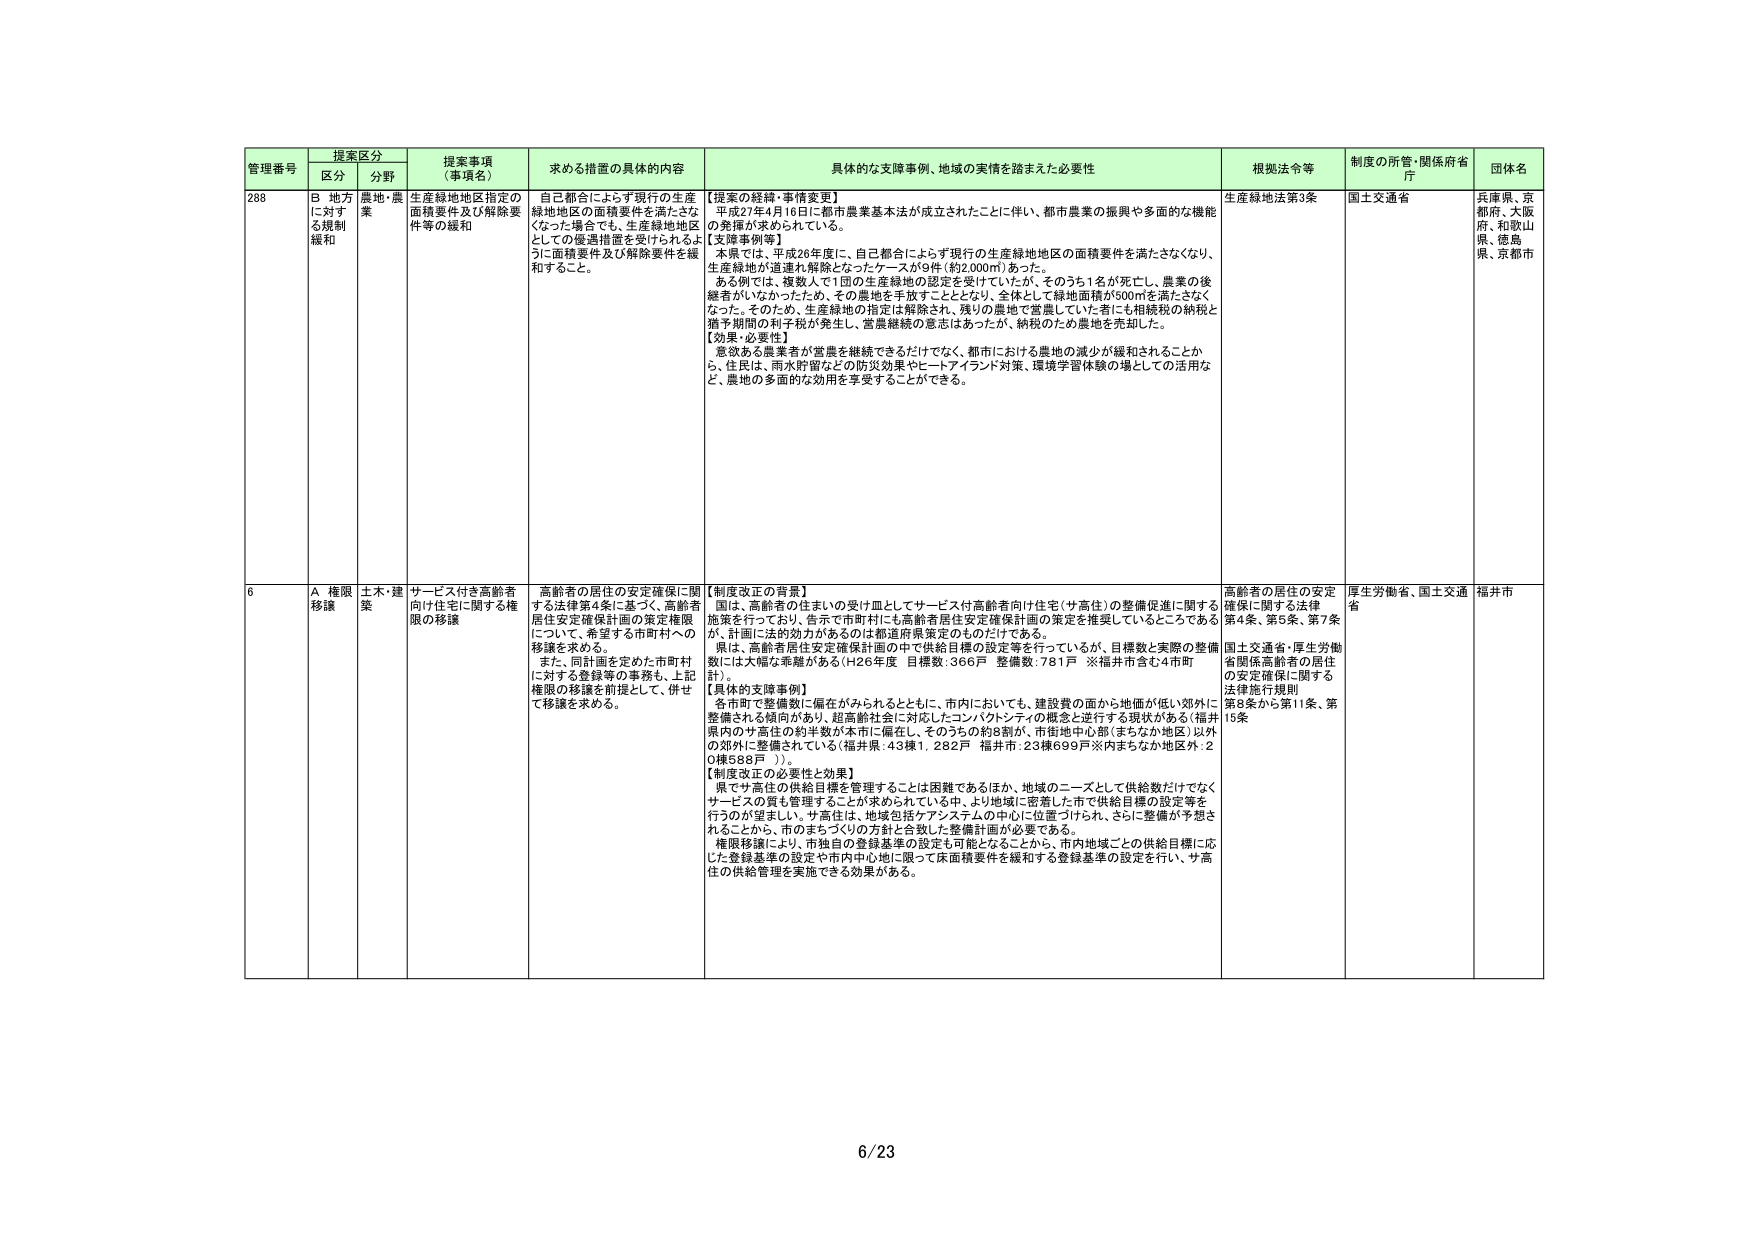
管理番号 提案区分 提案事項（事項名） 求める措置の具体的内容 具体的な支援事例、地域の実情を踏まえた必要性 根拠法令等 制度の所管・関係府省庁 団体名
区分 分野
288 B 地方に対する規制緩和 農地・農業 生産緑地地区指定の面積要件及び解除要件等の緩和 自己都合によらず現行の生産緑地地区の面積要件を満たさなくなった場合でも、生産緑地地区としての優遇措置を受けられるように面積要件及び解除要件を緩和すること。 【提案の経緯・事情変更】 平成27年4月16日に都市農業基本法が成立されたことに伴い、都市農業の振興や多面的な機能の発揮が求められている。 【支援事例等】 本県では、平成28年度に、自己都合によらず現行の生産緑地地区の面積要件を満たさなくなり、生産緑地が逓減し解除となったケースが9件（約2,000㎡）あった。 ある例では、複数人で1団の生産緑地の認定を受けていたが、そのうち1名が死亡し、農業の後継者がいないため、その農地を手放すこととなり、全体として緑地面積が500㎡を満たさなくなった。そのため、生産緑地の指定は解除され、残りの農地で営農していた者にも相続税の納税と猶予期間の利子税が発生し、営農継続の意志はあったが、納税のため農地を売却した。 【効果・必要性】 意欲ある農業者が営農を継続できるだけでなく、都市における農地の減少が緩和されることから、住民は、雨水貯留などの防災効果やヒートアイランド対策、環境学習体験の場としての活用など、農地の多面的な効用を享受することができる。 生産緑地法第3条 国土交通省 兵庫県、京都府、大阪府、和歌山県、徳島県、京都市
6 A 権限移譲 土木・建築 サービス付き高齢者向け住宅に関する権限の移譲 高齢者の居住の安定確保に関する法律第4条に基づく、高齢者居住安定確保計画の策定権限について、希望する市町村への移譲を求める。 また、同計画を定めた市町村に対する登録等の事務も、上記権限の移譲を前提として、併せて移譲を求める。 【制度改正の背景】 国は、高齢者の住まいの受け皿としてサービス付高齢者向け住宅（サ高住）の整備促進に関する施策を行っており、告示で市町村にも高齢者居住安定確保計画の策定を推奨しているところであるが、計画に法的効力があるのは都道府県策定のものだけである。 県は、高齢者居住安定確保計画の中で供給目標の設定等を行っているが、目標数と実際の整備数には大幅な乖離がある（H26年度 目標数：366戸 整備数：781戸 ※福井市含む4市町計）。 【具体的支援事例】 各市町で整備数に偏在がみられるとともに、市内においても、建設費の面から地価が低い郊外に整備される傾向があり、超高齢社会に対応したコンパクトシティの概念と逆行する現状がある（福井県内のサ高住の約半数が本市に偏在し、そのうちの約8割が、市街地中心部（まちなか地区）以外の郊外に整備されている（福井県：43棟1,282戸 福井市：23棟699戸※内まちなか地区外：20棟588戸 ））。 【制度改正の必要性と効果】 県でサ高住の供給目標を管理することは困難であるほか、地域のニーズとして供給数だけでなくサービスの質も管理することが求められている中、より地域に密着した市で供給目標の設定等を行うのが望ましい。サ高住は、地域包括ケアシステムの中心に位置づけられ、さらに整備が予想されることから、市のまちづくりの方針と合致した整備計画が必要である。 権限移譲により、市独自の登録基準の設定も可能となることから、市内地域ごとの供給目標に応じた登録基準の設定や市内中心地に限って床面積要件を緩和する登録基準の設定を行い、サ高住の供給管理を実施できる効果がある。 高齢者の居住の安定確保に関する法律第4条、第5条、第7条 国土交通省・厚生労働省関係高齢者の居住の安定確保に関する法律施行規則第8条から第11条、第15条 厚生労働省、国土交通省 福井市
6/23